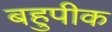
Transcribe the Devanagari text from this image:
बहुपीक